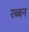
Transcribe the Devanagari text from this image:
रब्बन